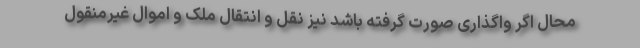
محال اگر واگذاری صورت گرفته باشد نیز نقل و انتقال ملک و اموال غیرمنقول